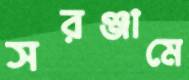
সরঞ্জামে